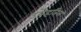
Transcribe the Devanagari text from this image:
उवेइतिस